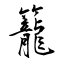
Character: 籠